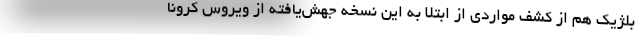
بلژیک هم از کشف مواردی از ابتلا به این نسخه جهش‌یافته از ویروس کرونا